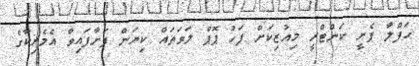
ހަފްލާ ފެށީ ކަންޓްރީ މިއުޒިކަށް ފަހު ޕޮޕް ލަވަތައް ކިޔަން ފަށާފައިވާ އެމެރިކާގެ